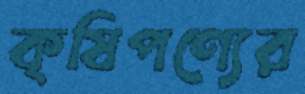
কৃষিপণ্যের